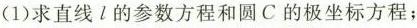
(1)求直线l的参数方程和圆C的极坐标方程；